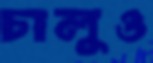
চালুও